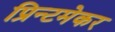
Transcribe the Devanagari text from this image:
प्रिन्टमेकर